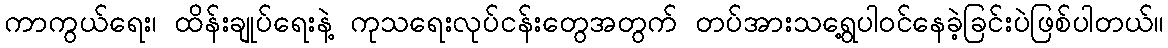
ကာကွယ်ရေး၊ ထိန်းချုပ်ရေးနဲ့ ကုသရေးလုပ်ငန်းတွေအတွက် တပ်အားသရွေ့ပါဝင်နေခဲ့ခြင်းပဲဖြစ်ပါတယ်။